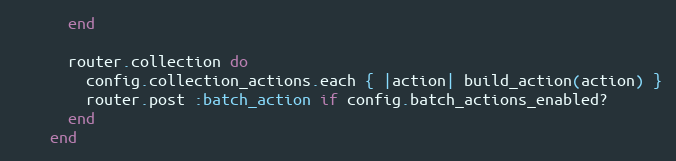
Language: Ruby
      end

      router.collection do
        config.collection_actions.each { |action| build_action(action) }
        router.post :batch_action if config.batch_actions_enabled?
      end
    end